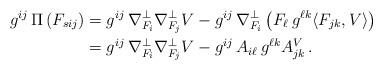
LaTeX: \begin{align*} g^{ij} \, \Pi \left( F_{sij} \right) &= g^{ij} \, \nabla_{F_i}^{\perp} \nabla_{F_j}^{\perp} V - g^{ij} \, \nabla_{F_i}^{\perp} \left( F_{\ell} \, g^{\ell k} \langle F_{jk} , V \rangle \right) \\ &= g^{ij} \, \nabla_{F_i}^{\perp} \nabla_{F_j}^{\perp} V - g^{ij} \, A_{i\ell} \, g^{\ell k} A^V_{jk} \, .\end{align*}